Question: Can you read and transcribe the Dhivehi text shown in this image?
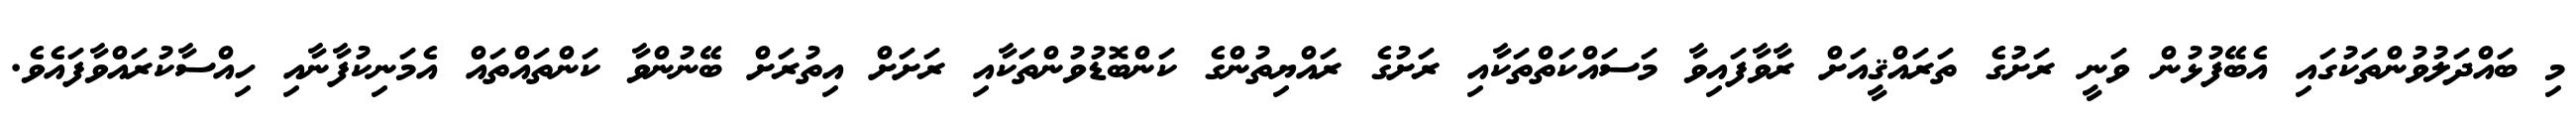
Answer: މި ބައްދަލުވުންތަކުގައި އެބޭފުޅުން ވަނީ ރަށުގެ ތަރައްޤީއަށް ރާވާފައިވާ މަސައްކަތްތަކާއި ރަށުގެ ރައްޔިތުންގެ ކަންބޮޑުވުންތަކާއި ރަށަށް އިތުރަށް ބޭނުންވާ ކަންތައްތައް އެމަނިކުފާނާއި ހިއްސާކުރައްވާފައެވެ.